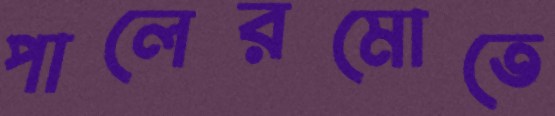
পালেরমোতে